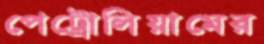
পেট্রোলিয়ামের